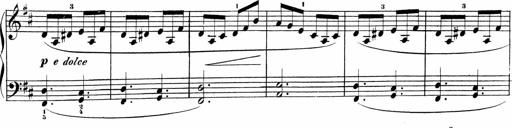
Title: Sonatinen Op.47, 98 und 136, nebst 6 Liedersonatinen
Composer: Carl Reinecke